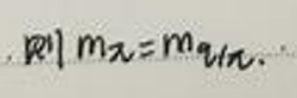
则m_{乙}=m_{丙}.